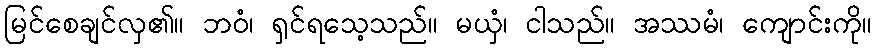
မြင်စေချင်လှ၏။ ဘဝံ၊ ရှင်ရသေ့သည်။ မယှံ၊ ငါသည်။ အဿမံ၊ ကျောင်းကို။